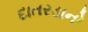
દાતરડાનો